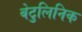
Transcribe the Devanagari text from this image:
बेटुलिनिक